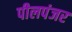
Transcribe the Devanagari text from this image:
पीलपंजर